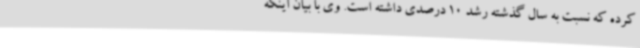
کرده که نسبت به سال گذشته رشد 10 درصدی داشته است. وی با بیان اینکه